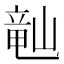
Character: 𬺘